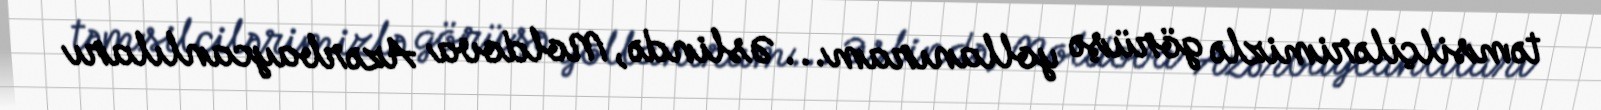
təmsilçilərimizlə görüşə yollanıram... Əslində, Moldova Azərbaycanlıları